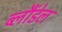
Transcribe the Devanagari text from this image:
ब्लौंडेल